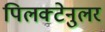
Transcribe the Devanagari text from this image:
पिलक्टेनुलर